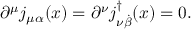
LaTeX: \partial ^ { \mu } j _ { \mu \alpha } ( x ) = \partial ^ { \nu } j _ { \nu { \dot { \beta } } } ^ { \dag } ( x ) = 0 .